Veterinary [1916] -
Year: 1916
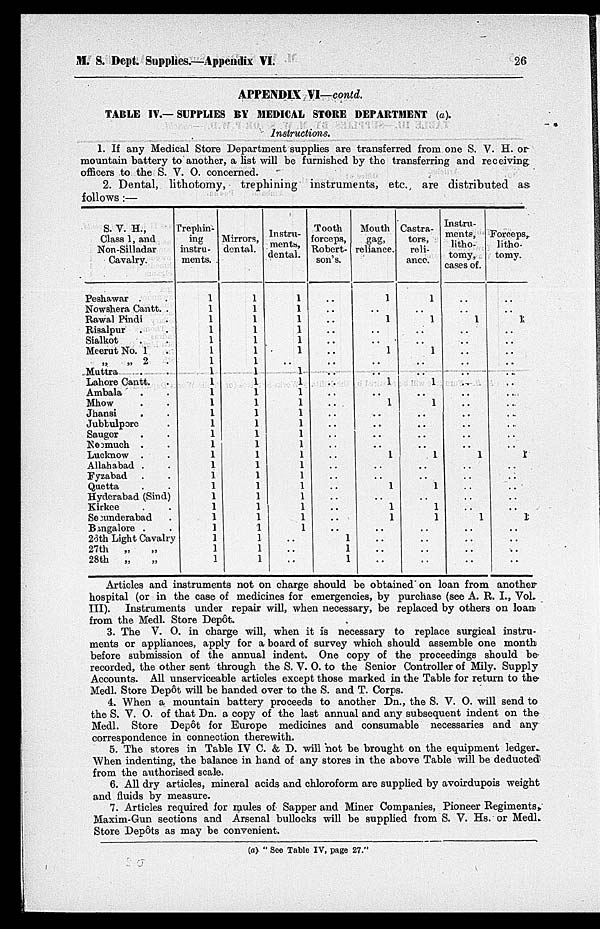
M. S. Dept. Supplies.—Appendix VI.
26
APPENDIX VI—contd.
TABLE IV.—SUPPLIES BY MEDICAL STORE DEPARTMENT (a).
Instructions.
1. If any Medical Store Department supplies are transferred from one S. V. H. or
mountain battery to another, a list will be furnished by the transferring and receiving
officers to the S. V. O. concerned.
2. Dental, lithotomy,
trephining instruments, etc., are distributed as
follows :—
S. V. H.,
Class 1, and
Non-Silladar
Cavalry.
Peshawar . .
Nowshera Cantt. .
Rawal Pindi .
Risalpur . .
Sialkot . .
Meerut No. 1 .
„ „ 2 .
Muttra . .
Lahore Cantt. .
Ambala . .
Mhow . .
Jhansi . .
Jubbulpore .
Saugor . .
Neemuch . .
Lucknow . .
Allahabad . .
Fyzabad . .
Quetta . .
Hyderabad (Sind)
Kirkee . .
Secunderabad .
Bangalore . .
26th Light Cavalry
27th
„ „
28th
„ „
Trephin-
ing
instru-
ments.
1
1
1
1
1
1
1
1
1
1
1
1
1
1
1
1
1
1
1
1
1
1
1
1
1
1
Mirrors,
dental.
1
1
1
1
1
1
1
1
1
1
1
1
1
1
1
1
1
1
1
1
1
1
1
1
1
1
Instru-
ments,
dental.
1
1
1
1
1
1
1
1
1
1
1
1
1
1
1
1
1
1
1
1
1
1
1
..
..
..
Tooth
forceps,
Robert-
son's.
..
..
..
..
..
..
..
..
..
..
..
..
..
..
..
..
..
..
..
..
..
..
..
1
1
1
Mouth
gag,
reliance.
1
..
1
..
..
1
..
..
1
..
1
..
..
..
..
1
..
..
1
..
1
1
..
..
..
..
Castra-
tors,
reli-
ance.
1
..
1
..
..
1
..
..
1
..
1
..
..
..
..
1
..
..
1
..
1
1
..
..
..
..
Instru-
ments,
litho-
tomy,
cases of.
..
..
1
..
..
..
..
..
..
..
..
..
..
..
..
1
..
..
..
..
..
1
..
..
..
..
Forceps,
litho-
tomy.
..
..
1
..
..
..
..
..
..
..
..
. .
..
..
..
1
..
..
..
..
..
1
..
..
..
..
Articles and instruments not on charge should be obtained on loan from another
hospital (or in the case of medicines for emergencies, by purchase (see A. R. I., Vol.
III).
Instruments under repair will, when necessary, be replaced by others on loan
from the Medl. Store Depôt.
3. The V. O. in charge will, when it is necessary to replace surgical instru-
ments or appliances, apply for a board of survey which should assemble one month
before submission of the annual indent. One copy of the proceedings should be
recorded, the other sent through the S. V. O. to the Senior Controller of Mily. Supply
Accounts. All unserviceable articles except those marked in the Table for return to the
Medl. Store Depôt will be handed over to the S. and T. Corps.
4. When a mountain battery proceeds to another Dn., the S. V. O. will send to
the S. V. O. of that Dn. a copy of the last annual and any subsequent indent on the
Medl. Store Depôt for Europe medicines and consumable necessaries and any
correspondence in connection therewith.
5. The stores in Table IV C. & D. will not be brought on the equipment ledger.
When indenting, the balance in hand of any stores in the above Table will be deducted
from the authorised scale.
6. All dry articles, mineral acids and chloroform are supplied by avoirdupois weight
and fluids by measure.
7. Articles required for mules of Sapper and Miner Companies, Pioneer Regiments,
Maxim-Gun sections and Arsenal bullocks will be supplied from S. V. Hs. or Medl.
Store Depôts as may be convenient.
(a) " See Table IV, page 27."